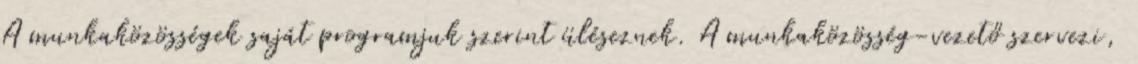
A munkaközösségek saját programjuk szerint üléseznek. A munkaközösség-vezető szervezi,